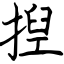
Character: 揑